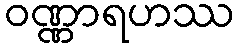
ဝဏ္ဏာရဟဿ